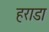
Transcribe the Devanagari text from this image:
हराडा